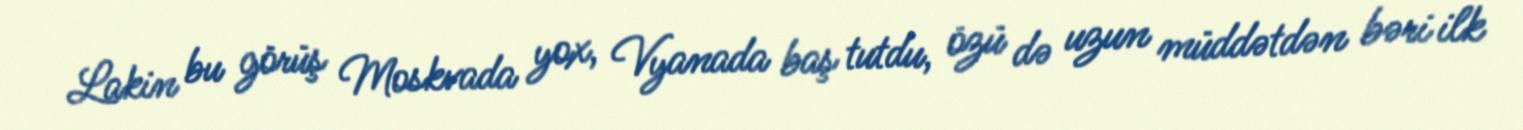
Lakin bu görüş Moskvada yox, Vyanada baş tutdu, özü də uzun müddətdən bəri ilk